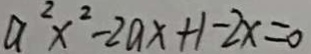
a ^ { 2 } x ^ { 2 } - 2 a x + 1 - 2 x = 0